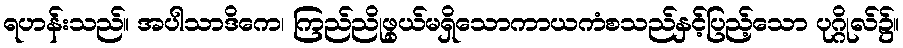
ရဟန်းသည်။ အပါသာဒိကေ၊ ကြည်ညိုဖွယ်မရှိသောကာယကံစသည်နှင့်ပြည့်သော ပုဂ္ဂိုလ်၌။